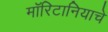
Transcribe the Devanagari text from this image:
मॉरिटानियाचे